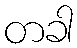
တခါ